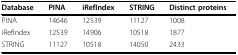
<table><thead><tr><td><b>Database</b></td><td><b>PINA</b></td><td><b>iRefIndex</b></td><td><b>STRING</b></td><td><b>Distinct proteins</b></td></tr></thead><tbody><tr><td>PINA</td><td>14646</td><td>12539</td><td>11127</td><td>1008</td></tr><tr><td>iRefIndex</td><td>12539</td><td>14906</td><td>10518</td><td>1877</td></tr><tr><td>STRING</td><td>11127</td><td>10518</td><td>14050</td><td>2433</td></tr></tbody></table>